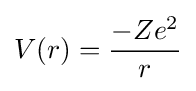
V(r)={\frac {-Ze^{2}}{r}}